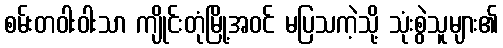
စမ်းတဝါးဝါးသာ ကျိုင်းတုံမြို့အဝင် မပြသကဲ့သို့ သုံးစွဲသူများ၏